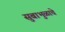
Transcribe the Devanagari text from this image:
सुबाभुळाचे